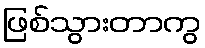
ဖြစ်သွားတာကွ